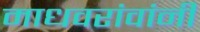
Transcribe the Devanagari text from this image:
माधवरांवांनी